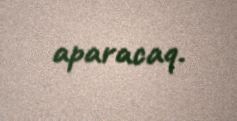
aparacaq.